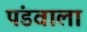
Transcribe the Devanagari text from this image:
पंडवाला